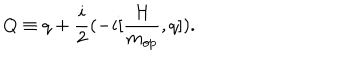
Q \equiv q + \frac { i } { 2 } ( - i [ \frac { { \cal H } } { m _ { o p } } , q ] ) .